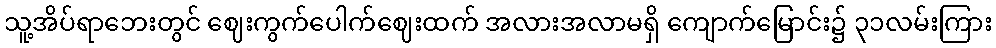
သူ့အိပ်ရာဘေးတွင် ဈေးကွက်ပေါက်ဈေးထက် အလားအလာမရှိ ကျောက်မြောင်း၌ ၃၁လမ်းကြား